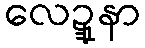
လေဍ္ဍုနာ